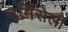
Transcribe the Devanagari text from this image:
वर्मिसेली